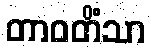
တာဝတိံသာ